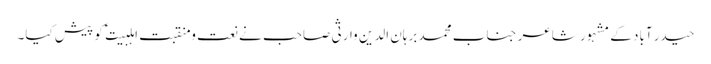
حیدر آباد کے مشہور شاعر جناب محمد برہان الدین وارثی صاحب نے نعت و منقبت اہلبیت ؑ کو پیش کیا۔